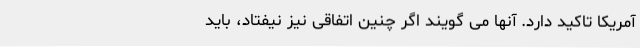
آمریکا تاکید دارد. آنها می گویند اگر چنین اتفاقی نیز نیفتاد، باید